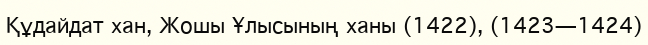
Құдайдат хан, Жошы Ұлысының ханы (1422), (1423—1424)